DOW-UAP-D48, Department of the Air Force Report, 1996
Agency: Department of War
Incident date: 9/10/96
Page 16
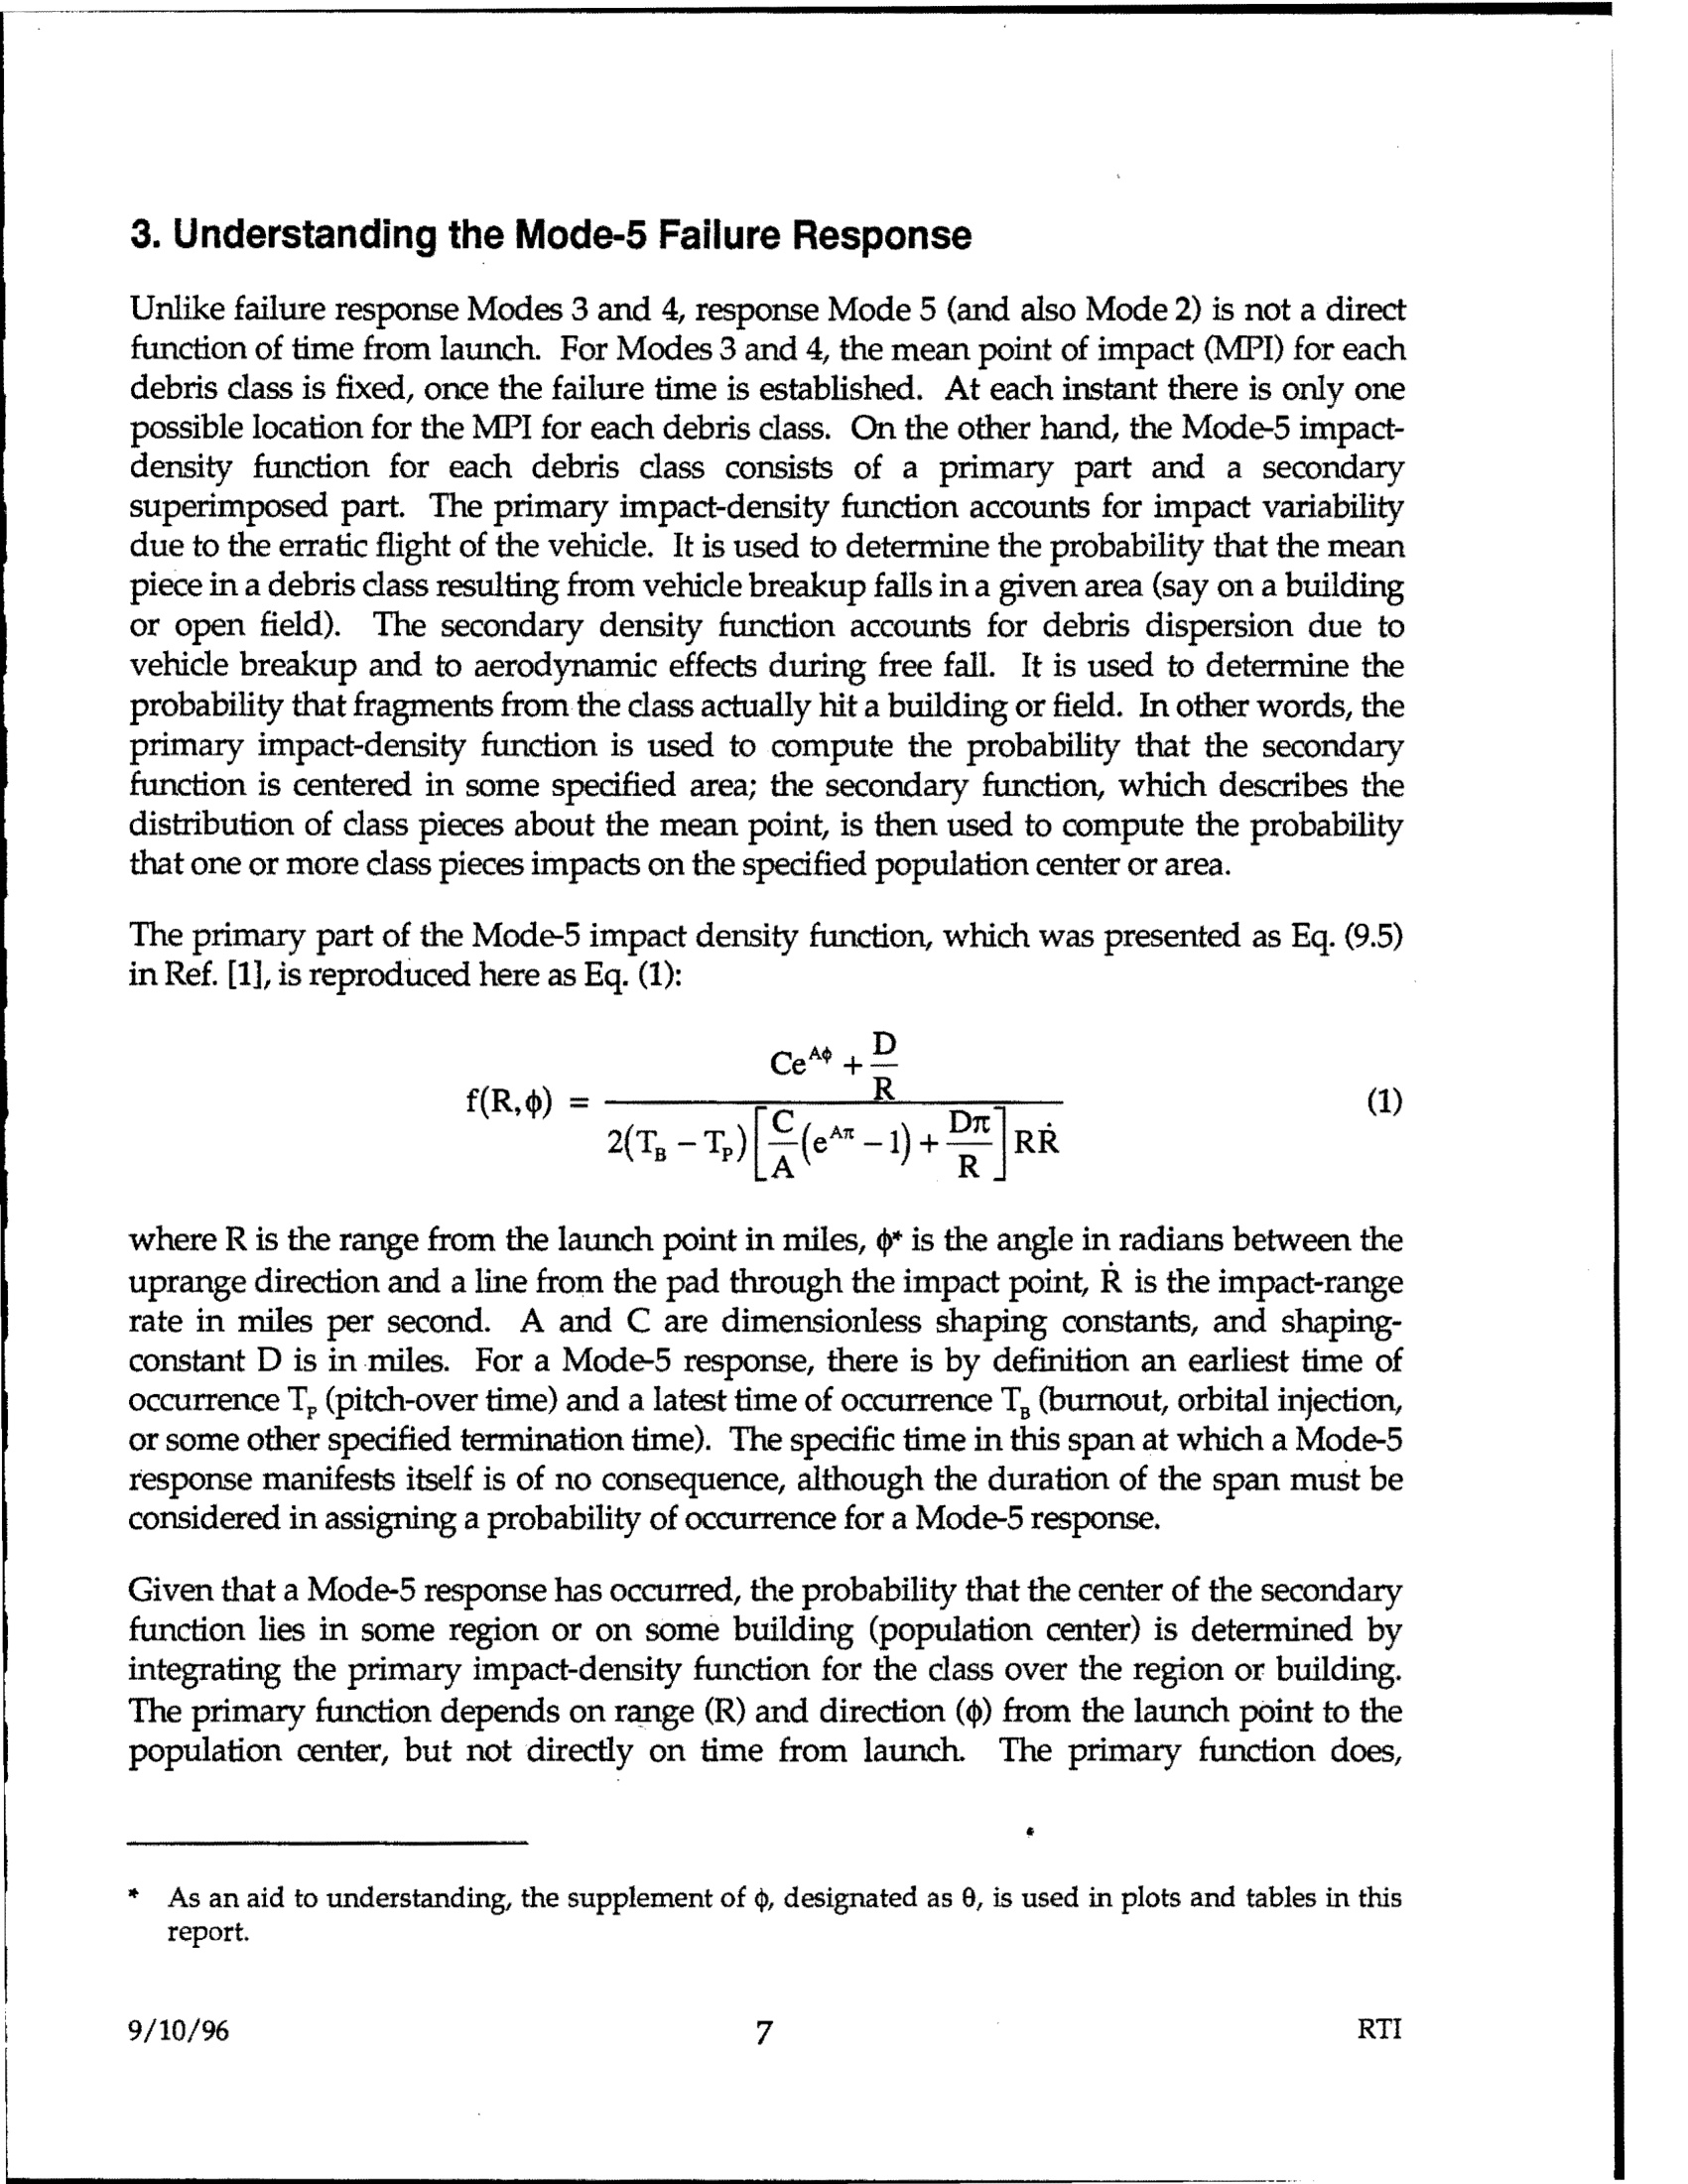